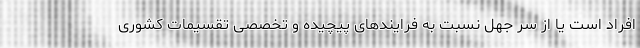
افراد است یا از سر جهل نسبت به فرایندهای پیچیده و تخصصی تقسیمات کشوری